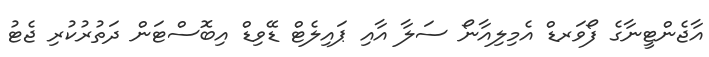
އާޖެންޓީނާގެ ފޯވަރޑް އެމިލިއާނޯ ސަލާ އާއި ޕައިލެޓް ޑޭވިޑް އިބޮސްޓަން ދަތުރުކުރި ޖެޓު